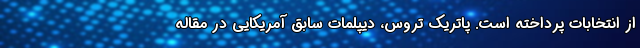
از انتخابات پرداخته است. پاتریک تروس، دیپلمات سابق آمریکایی در مقاله